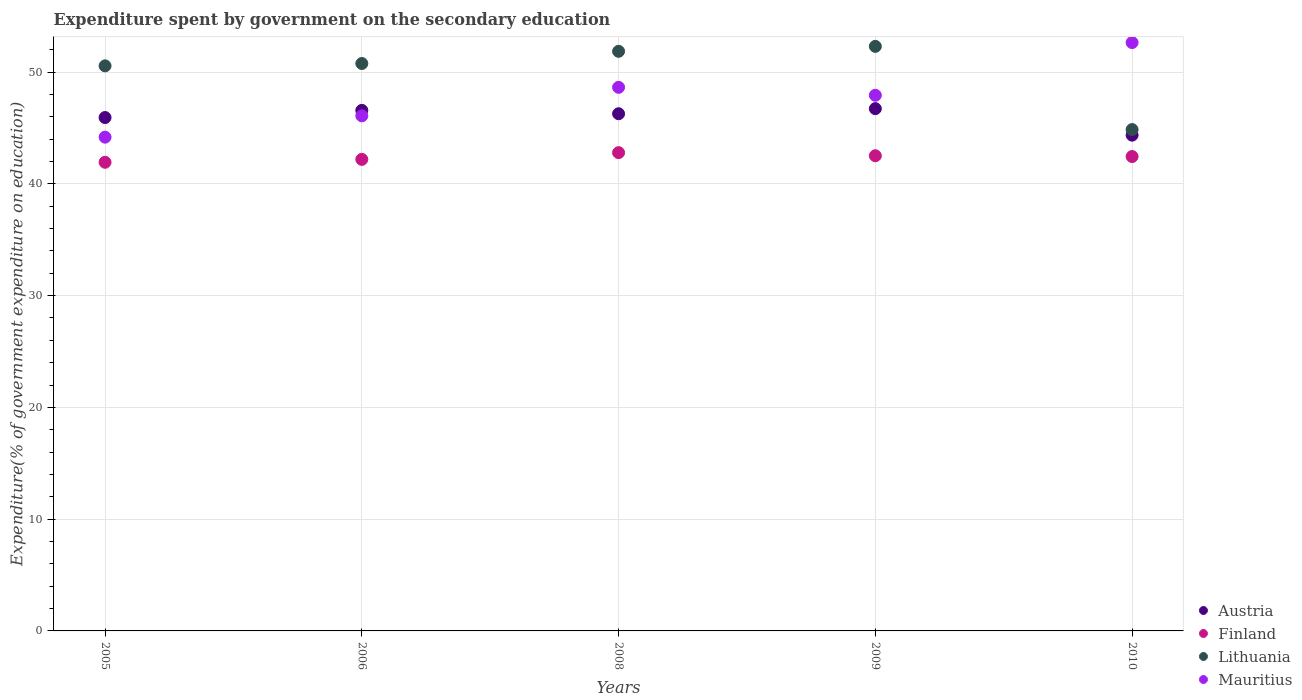
| Years | Austria | Finland | Lithuania | Mauritius |
 | --- | --- | --- | --- | --- |
 | 2005 | 45.9 | 41.9 | 50.6 | 44.2 |
 | 2006 | 46.6 | 42.2 | 50.8 | 46.1 |
 | 2008 | 46.3 | 42.8 | 51.9 | 48.6 |
 | 2009 | 46.7 | 42.5 | 52.3 | 47.9 |
 | 2010 | 44.4 | 42.4 | 44.9 | 52.6 |